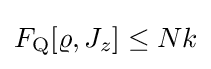
F_{\rm {Q}}[\varrho ,J_{z}]\leq Nk